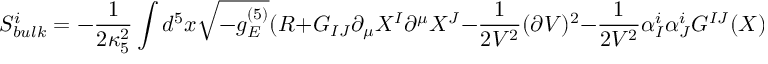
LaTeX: S _ { b u l k } ^ { i } = - \frac { 1 } { 2 \kappa _ { 5 } ^ { 2 } } \int d ^ { 5 } x \sqrt { - g _ { E } ^ { ( 5 ) } } ( R + G _ { I J } \partial _ { \mu } X ^ { I } \partial ^ { \mu } X ^ { J } - \frac { 1 } { 2 { \cal V } ^ { 2 } } ( \partial { \cal V } ) ^ { 2 } - \frac { 1 } { 2 { \cal V } ^ { 2 } } \alpha _ { I } ^ { i } \alpha _ { J } ^ { i } G ^ { I J } ( X ) ) .